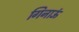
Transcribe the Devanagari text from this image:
गिनाऊं